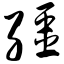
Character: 缰